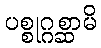
ပစ္စုဂ္ဂစ္ဆာမိ